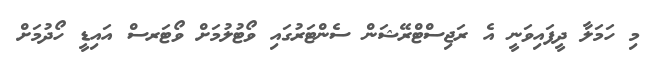
މި ހަމަލާ ދީފައިވަނީ އެ ރަޖިސްޓްރޭޝަން ސެންޓަރުގައި ވޯޓުލުމަށް ވޯޓަރސް އައިޑީ ހޯދުމަށް